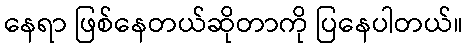
နေရာ ဖြစ်နေတယ်ဆိုတာကို ပြနေပါတယ်။